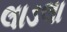
લાડલા